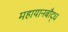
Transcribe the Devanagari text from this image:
महायानबौद्ध